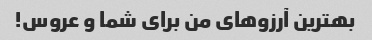
بهترین آرزوهای من برای شما و عروس!